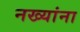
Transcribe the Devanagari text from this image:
नख्यांना